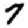
Digit: 7